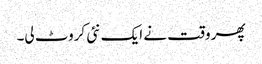
پھر وقت نے ایک نئی کروٹ لی۔